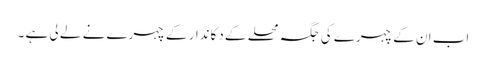
اب ان کے چہرے کی جگہ محلے کے دکاندار کے چہرے نے لے لی ہے ۔